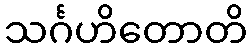
သင်္ဂဟိတောတိ